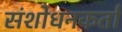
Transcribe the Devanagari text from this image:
संशोधनकर्ता